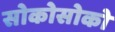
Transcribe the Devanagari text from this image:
सोकोसोको